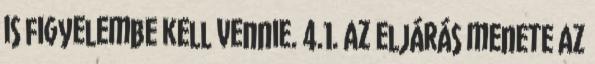
is figyelembe kell vennie. 4.1. Az eljárás menete Az